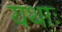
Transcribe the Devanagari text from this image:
यथाः